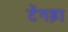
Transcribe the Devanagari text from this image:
टेंगड़ा